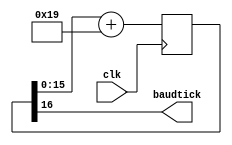
// This program was cloned from: https://github.com/kramble/FPGA-Litecoin-Miner
// License: GNU General Public License v3.0

`timescale 1ns / 1ps
//////////////////////////////////////////////////////////////////////////////////
// Baud Generator Core
// Paul Mumby 2012
// Originally derived from code examples at:
// http://www.fpga4fun.com
//////////////////////////////////////////////////////////////////////////////////

module uart_baudgenerator(
		clk,
		baudtick
	);

	//Parameters:
	//================================================
	parameter CLOCK = 25000000; // 25MHz
	parameter BAUD = 9600;
	parameter ACCWIDTH = 16;
	parameter ROUNDBITS = 5;
	parameter INC = ((BAUD<<(ACCWIDTH-(ROUNDBITS-1)))+(CLOCK>>ROUNDBITS))/(CLOCK>>(ROUNDBITS-1));

	//IO Definitions:
	//================================================
	input clk;
	output baudtick;
	
	//Register/Wire Definitions:
	//================================================
	reg [ACCWIDTH:0] accumulator = 0;
	
	//BUFG Instatiation:
	//================================================
	
	//Module Instantiation:
	//================================================
	
	//Assignments:
	//================================================
	assign baudtick = accumulator[ACCWIDTH];
	
	//Toplevel Logic:
	//================================================
	always @(posedge clk)
		accumulator <= accumulator[ACCWIDTH-1:0] + INC;

endmodule